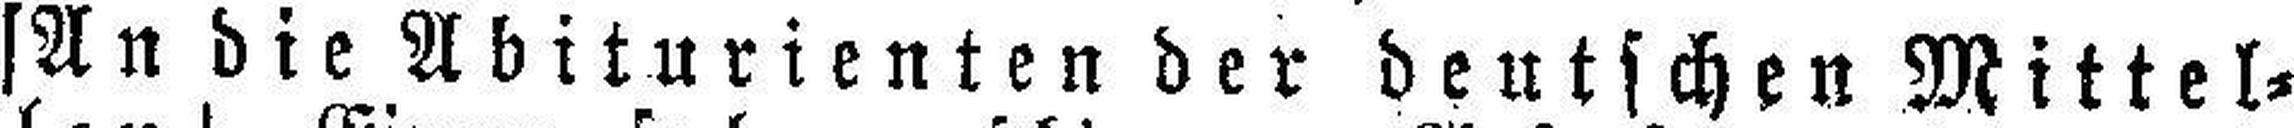
[An die Abiturienten der deutschen Mittel¬